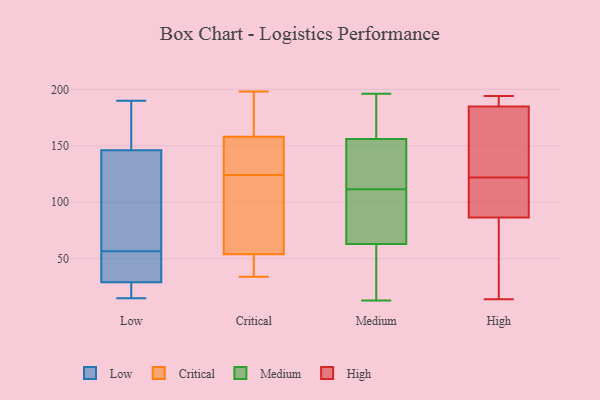
{"axis": {"x": "Revenue (USD Million)", "y": "Value"}, "legend": ["Critical", "High", "Low", "Medium"], "data": [{"x": "", "y": 16, "type": "Low"}, {"x": "", "y": 169, "type": "Low"}, {"x": "", "y": 31, "type": "Low"}, {"x": "", "y": 29, "type": "Low"}, {"x": "", "y": 190, "type": "Low"}, {"x": "", "y": 45, "type": "Low"}, {"x": "", "y": 23, "type": "Low"}, {"x": "", "y": 48, "type": "Low"}, {"x": "", "y": 88, "type": "Low"}, {"x": "", "y": 65, "type": "Low"}, {"x": "", "y": 147, "type": "Low"}, {"x": "", "y": 76, "type": "Low"}, {"x": "", "y": 146, "type": "Low"}, {"x": "", "y": 15, "type": "Low"}, {"x": "", "y": 56, "type": "Critical"}, {"x": "", "y": 130, "type": "Critical"}, {"x": "", "y": 47, "type": "Critical"}, {"x": "", "y": 138, "type": "Critical"}, {"x": "", "y": 147, "type": "Critical"}, {"x": "", "y": 118, "type": "Critical"}, {"x": "", "y": 84, "type": "Critical"}, {"x": "", "y": 54, "type": "Critical"}, {"x": "", "y": 34, "type": "Critical"}, {"x": "", "y": 166, "type": "Critical"}, {"x": "", "y": 198, "type": "Critical"}, {"x": "", "y": 158, "type": "Critical"}, {"x": "", "y": 182, "type": "Critical"}, {"x": "", "y": 54, "type": "Critical"}, {"x": "", "y": 72, "type": "Medium"}, {"x": "", "y": 165, "type": "Medium"}, {"x": "", "y": 62, "type": "Medium"}, {"x": "", "y": 63, "type": "Medium"}, {"x": "", "y": 43, "type": "Medium"}, {"x": "", "y": 40, "type": "Medium"}, {"x": "", "y": 166, "type": "Medium"}, {"x": "", "y": 196, "type": "Medium"}, {"x": "", "y": 67, "type": "Medium"}, {"x": "", "y": 139, "type": "Medium"}, {"x": "", "y": 71, "type": "Medium"}, {"x": "", "y": 108, "type": "Medium"}, {"x": "", "y": 134, "type": "Medium"}, {"x": "", "y": 115, "type": "Medium"}, {"x": "", "y": 156, "type": "Medium"}, {"x": "", "y": 178, "type": "Medium"}, {"x": "", "y": 126, "type": "Medium"}, {"x": "", "y": 13, "type": "Medium"}, {"x": "", "y": 122, "type": "High"}, {"x": "", "y": 169, "type": "High"}, {"x": "", "y": 47, "type": "High"}, {"x": "", "y": 191, "type": "High"}, {"x": "", "y": 115, "type": "High"}, {"x": "", "y": 88, "type": "High"}, {"x": "", "y": 124, "type": "High"}, {"x": "", "y": 193, "type": "High"}, {"x": "", "y": 116, "type": "High"}, {"x": "", "y": 190, "type": "High"}, {"x": "", "y": 105, "type": "High"}, {"x": "", "y": 39, "type": "High"}, {"x": "", "y": 52, "type": "High"}, {"x": "", "y": 86, "type": "High"}, {"x": "", "y": 161, "type": "High"}, {"x": "", "y": 14, "type": "High"}, {"x": "", "y": 194, "type": "High"}, {"x": "", "y": 153, "type": "High"}, {"x": "", "y": 194, "type": "High"}]}